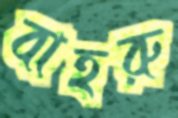
বাহরু